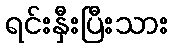
ရင်းနှီးပြီးသား